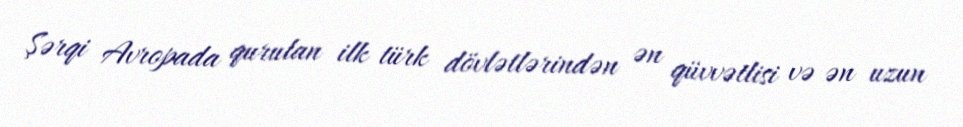
Şərqi Avropada qurulan ilk türk dövlətlərindən ən qüvvətlisi və ən uzun